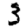
Digit: 3